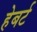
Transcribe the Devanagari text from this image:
हेबर्ट